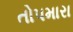
તોપમારા